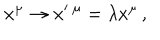
LaTeX: x ^ { \mu } \rightarrow x ^ { \prime } \, ^ { \mu } = \lambda x ^ { \mu } \, ,